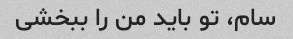
سام، تو باید من را ببخشی